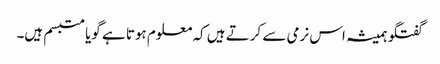
گفتگو ہمیشہ اس نرمی سے کرتے ہیں کہ معلوم ہوتا ہے گویا متبسم ہیں۔